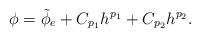
LaTeX: \begin{align*} \phi = \Tilde{\phi}_{e} + C_{p_1} h^{p_1} + C_{p_2} h^{p_2}.\end{align*}